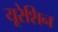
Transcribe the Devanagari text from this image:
यूरेशिन